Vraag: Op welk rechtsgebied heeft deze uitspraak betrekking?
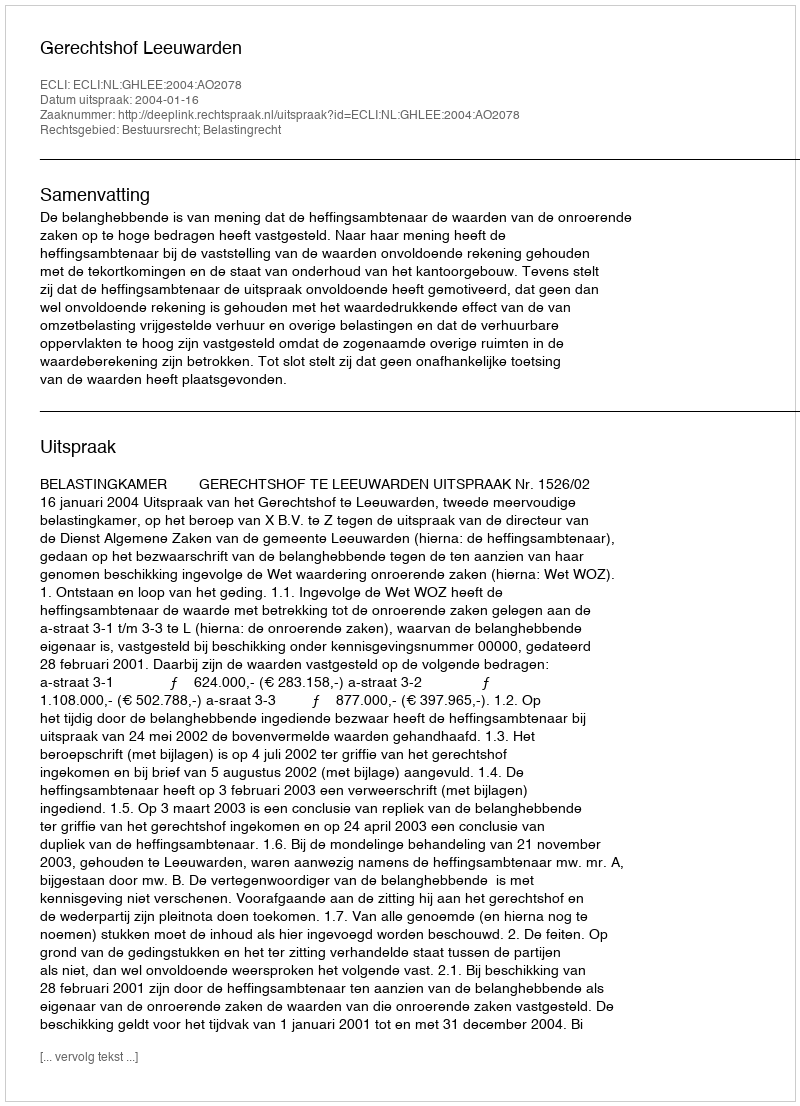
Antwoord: Bestuursrecht; Belastingrecht